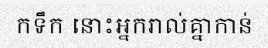
កទឹក នោះអ្នករាល់គ្នាកាន់